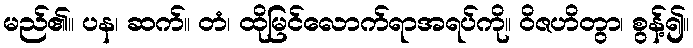
မည်၏။ ပန၊ ဆက်။ တံ၊ ထိုမြင်လောက်ရာအရပ်ကို။ ဝိဇဟိတွာ၊ စွန့်၍။